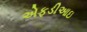
એફડીઆઇ